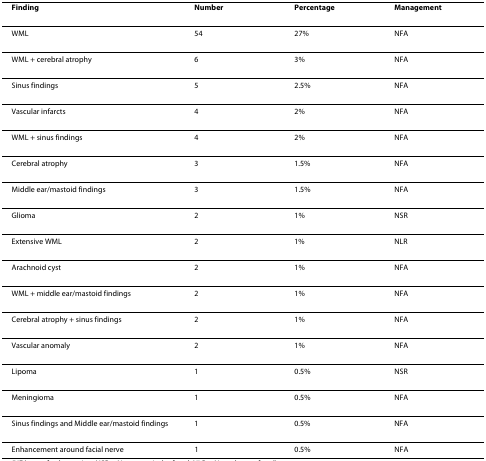
<table><thead><tr><td><b>Finding</b></td><td><b>Number</b></td><td><b>Percentage</b></td><td><b>Management</b></td></tr></thead><tbody><tr><td>WML</td><td>54</td><td>27%</td><td>NFA</td></tr><tr><td>WML + cerebral atrophy</td><td>6</td><td>3%</td><td>NFA</td></tr><tr><td>Sinus findings</td><td>5</td><td>2.5%</td><td>NFA</td></tr><tr><td>Vascular infarcts</td><td>4</td><td>2%</td><td>NFA</td></tr><tr><td>WML + sinus findings</td><td>4</td><td>2%</td><td>NFA</td></tr><tr><td>Cerebral atrophy</td><td>3</td><td>1.5%</td><td>NFA</td></tr><tr><td>Middle ear/mastoid findings</td><td>3</td><td>1.5%</td><td>NFA</td></tr><tr><td>Glioma</td><td>2</td><td>1%</td><td>NSR</td></tr><tr><td>Extensive WML</td><td>2</td><td>1%</td><td>NLR</td></tr><tr><td>Arachnoid cyst</td><td>2</td><td>1%</td><td>NFA</td></tr><tr><td>WML + middle ear/mastoid findings</td><td>2</td><td>1%</td><td>NFA</td></tr><tr><td>Cerebral atrophy + sinus findings</td><td>2</td><td>1%</td><td>NFA</td></tr><tr><td>Vascular anomaly</td><td>2</td><td>1%</td><td>NFA</td></tr><tr><td>Lipoma</td><td>1</td><td>0.5%</td><td>NSR</td></tr><tr><td>Meningioma</td><td>1</td><td>0.5%</td><td>NFA</td></tr><tr><td>Sinus findings and Middle ear/mastoid findings</td><td>1</td><td>0.5%</td><td>NFA</td></tr><tr><td>Enhancement around facial nerve</td><td>1</td><td>0.5%</td><td>NFA</td></tr></tbody></table>